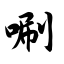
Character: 唰